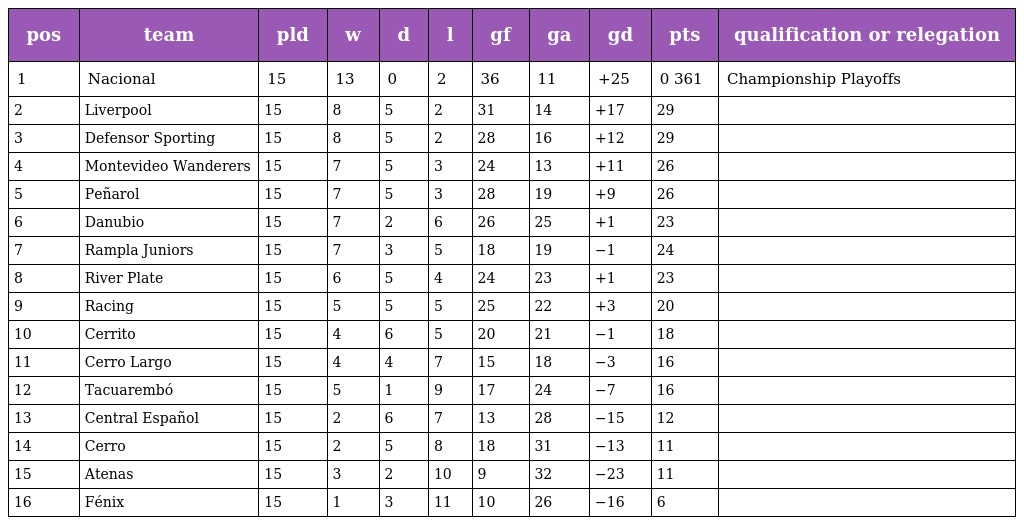
| pos | team | pld | w | d | l | gf | ga | gd | pts | qualification or relegation |
 | --- | --- | --- | --- | --- | --- | --- | --- | --- | --- | --- |
 | 1 | Nacional | 15 | 13 | 0 | 2 | 36 | 11 | +25 | 0 361 | Championship Playoffs |
 | 2 | Liverpool | 15 | 8 | 5 | 2 | 31 | 14 | +17 | 29 |  |
 | 3 | Defensor Sporting | 15 | 8 | 5 | 2 | 28 | 16 | +12 | 29 |  |
 | 4 | Montevideo Wanderers | 15 | 7 | 5 | 3 | 24 | 13 | +11 | 26 |  |
 | 5 | Peñarol | 15 | 7 | 5 | 3 | 28 | 19 | +9 | 26 |  |
 | 6 | Danubio | 15 | 7 | 2 | 6 | 26 | 25 | +1 | 23 |  |
 | 7 | Rampla Juniors | 15 | 7 | 3 | 5 | 18 | 19 | −1 | 24 |  |
 | 8 | River Plate | 15 | 6 | 5 | 4 | 24 | 23 | +1 | 23 |  |
 | 9 | Racing | 15 | 5 | 5 | 5 | 25 | 22 | +3 | 20 |  |
 | 10 | Cerrito | 15 | 4 | 6 | 5 | 20 | 21 | −1 | 18 |  |
 | 11 | Cerro Largo | 15 | 4 | 4 | 7 | 15 | 18 | −3 | 16 |  |
 | 12 | Tacuarembó | 15 | 5 | 1 | 9 | 17 | 24 | −7 | 16 |  |
 | 13 | Central Español | 15 | 2 | 6 | 7 | 13 | 28 | −15 | 12 |  |
 | 14 | Cerro | 15 | 2 | 5 | 8 | 18 | 31 | −13 | 11 |  |
 | 15 | Atenas | 15 | 3 | 2 | 10 | 9 | 32 | −23 | 11 |  |
 | 16 | Fénix | 15 | 1 | 3 | 11 | 10 | 26 | −16 | 6 |  |